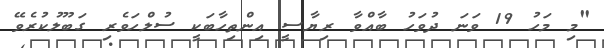
"މި މަހު 19 ވަނަ ދުވަހު ބާއްވާ ރިޔާސީ އިންތިހާބަކީ ސުލްހަވެރި ގަބޫލުކުރެވޭ